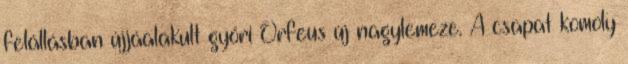
felállásban újjáalakult győri Orfeus új nagylemeze. A csapat komoly